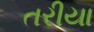
તરીયા